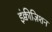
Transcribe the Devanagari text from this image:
इंक्वीज़िशन